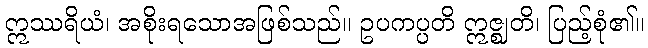
ဣဿရိယံ၊ အစိုးရသောအဖြစ်သည်။ ဥပကပ္ပတိ ဣဇ္ဈတိ၊ ပြည့်စုံ၏။